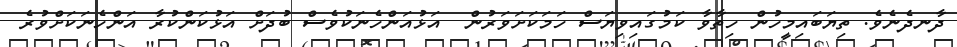
ދާނދެނެވެ. ތިޔަބައިމީހުން ހިތާވާ ކަމުގައިވިޔަސް ހަމަކަށަވަރުން  އަޅުއަންހެނަކުވެސް ބުދަށް އަޅުކަންކުރާ އަންހެނަކަށްވުރެ